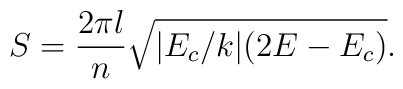
S=\frac{2\pi l}{n}\sqrt{|E_c/k|(2E-E_c)}.